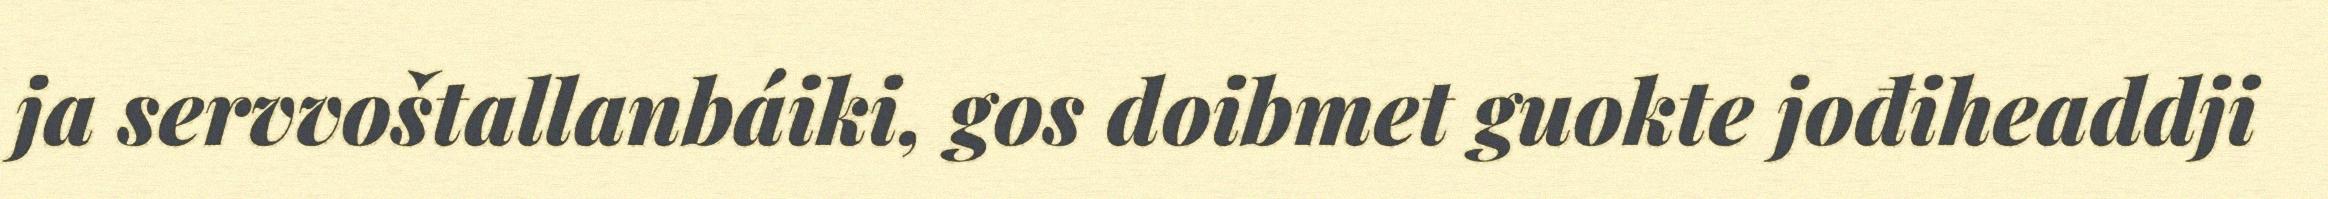
ja servvoštallanbáiki, gos doibmet guokte jođiheaddji